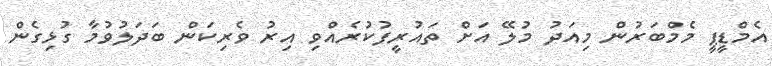
އެމްޑީޕީ މެމްބަރުން މިއަދު މުލޭ އަށް ތައުރީފުކުރެއްވި އިރު ވެރިކަން ބަދަލުވުމާ ގުޅިގެން